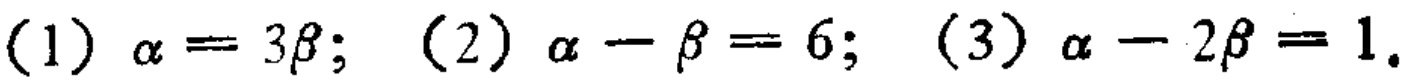
(1) $\alpha = 3\beta$; (2) $\alpha - \beta = 6$; (3) $\alpha - 2\beta = 1$.